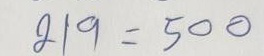
219 = 500